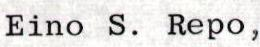
Eino S. Repo,